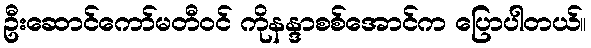
ဦးဆောင်ကော်မတီဝင် ကိုနန္ဒာစစ်အောင်က ပြောပါတယ်။